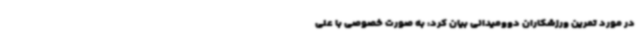
در مورد تمرین ورزشکاران دوومیدانی بیان کرد: به صورت خصوصی با علی